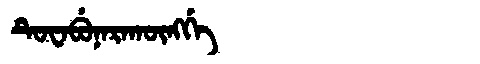
Manchu: ᡨᡠᠸᠠᠪᡠᠨᠠᡵᠠᡴᡡᠩᡤᡝ
Romanization: TUWABUNARAKŪNGGE